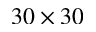
3 0 \times 3 0